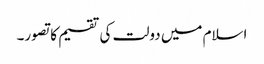
اسلام میں دولت کی تقسیم کا تصور۔